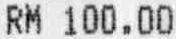
RM 100.00